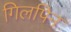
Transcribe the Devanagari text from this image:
गिलपिन